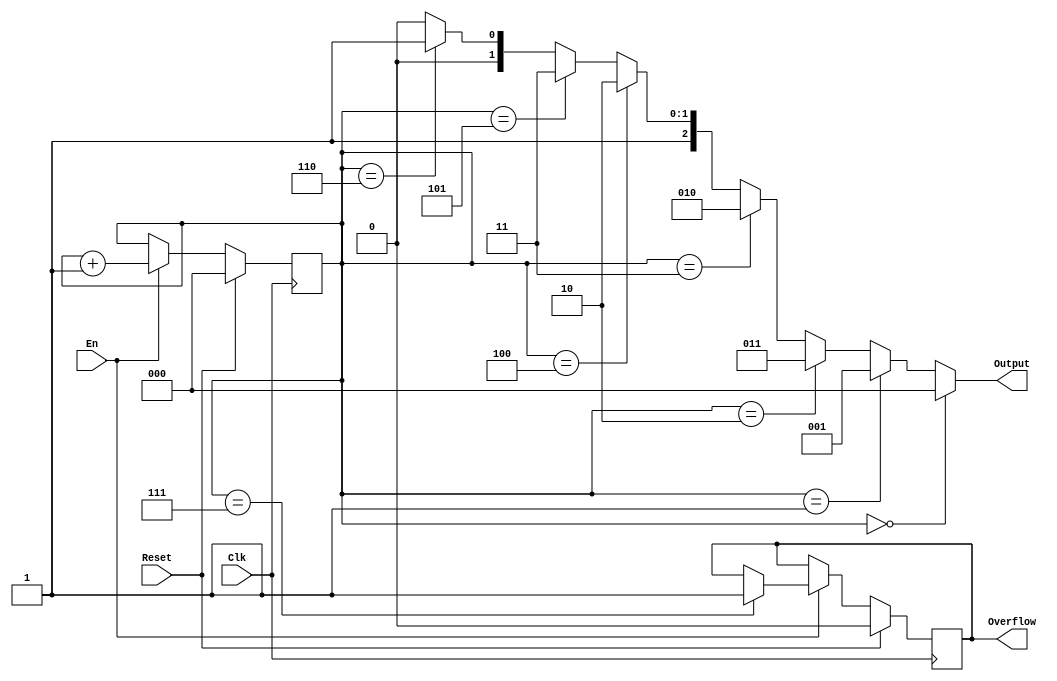
`timescale 1ns / 1ps
//////////////////////////////////////////////////////////////////////////////////
// Company: 
// Engineer: 
// 
// Design Name: 
// Module Name:    gray 
// Project Name: 
// Target Devices: 
// Tool versions: 
// Description: 
//
// Dependencies: 
//
// Revision: 
// Revision 0.01 - File Created
// Additional Comments: 
//
//////////////////////////////////////////////////////////////////////////////////
module gray(
    input Clk,
    input Reset,
    input En,
    output [2:0] Output,
    output reg Overflow
    );
    reg [2:0] stat;

    initial begin
        stat = 0;
        Overflow = 0;
    end

    assign Output = (stat == 0) ? 0 : 
                    (stat == 1) ? 1 :
                    (stat == 2) ? 3'b011 :
                    (stat == 3) ? 3'b010 :
                    (stat == 4) ? 3'b110 :
                    (stat == 5) ? 3'b111 :
                    (stat == 6) ? 3'b101 :
                    3'b100 ;

    always @(posedge Clk) begin
        if (Reset) begin
            stat <= 0;
            Overflow <= 0;
        end 
        else if (En) begin
            if(stat == 7) begin
                Overflow <= 1;
            end
            stat <= stat + 1;
        end
    end


endmodule